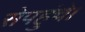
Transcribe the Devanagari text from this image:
सेपहुंचे।